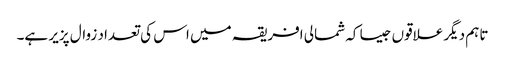
تاہم دیگر علاقوں جیسا کہ شمالی افریقہ میں اس کی تعداد زوال پزیر ہے۔